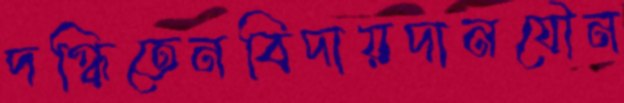
দগ্ধিতেনবিদায়দানযৌন